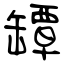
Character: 罈